Indian journal of veterinary science and animal husbandry - Volume 1,
Year: 1931
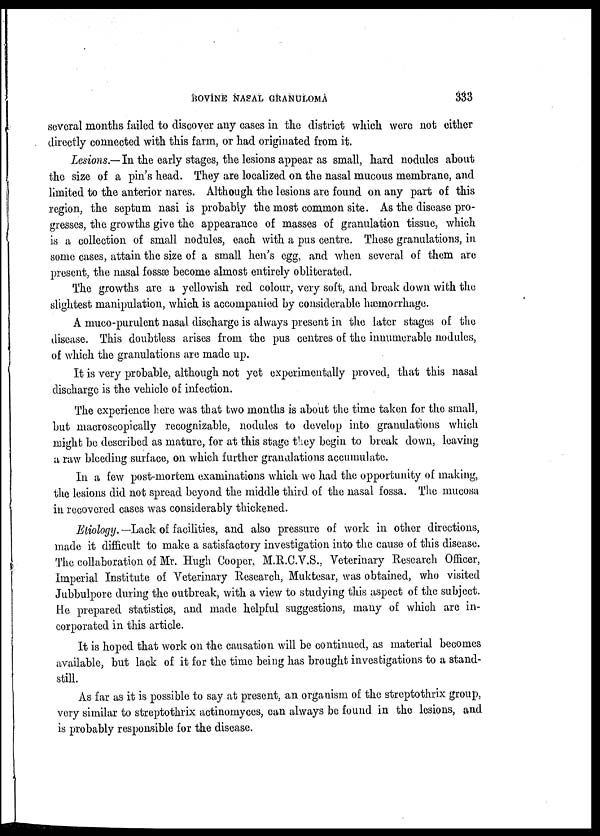
BOVINE NASAL GRANULOMA
333
several months failed to discover any cases in the district which were not either
directly connected with this farm, or had originated from it.
Lesions.— In the early stages, the lesions appear as small, hard nodules about
the size of a pin's head. They are localized on the nasal mucous membrane, and
limited to the anterior nares. Although the lesions are found on any part of this
region, the septum nasi is probably the most common site. As the disease pro-
gresses, the growths give the appearance of masses of granulation tissue, which
is a collection of small nodules, each with a pus centre. These granulations, in
some cases, attain the size of a small hen's egg, and when several of them are
present, the nasal fossæ become almost entirely obliterated.
The growths are a yellowish red colour, very soft, and break down with the
slightest manipulation, which is accompanied by considerable hæmorrhage.
A muco-purulent nasal discharge is always present in the later stages of the
disease. This doubtless arises from the pus centres of the innumerable nodules,
of which the granulations are made up.
It is very probable, although not yet experimentally proved, that this nasal
discharge is the vehicle of infection.
The experience here was that two months is about the time taken for the small,
but macroscopically recognizable, nodules to develop into granulations which
might be described as mature, for at this stage they begin to break down, leaving
a raw bleeding surface, on which further granulations accumulate.
In a few post-mortem examinations which we had the opportunity of making,
the lesions did not spread beyond the middle third of the nasal fossa. The mucosa
in recovered cases was considerably thickened.
Etiology. —Lack of facilities, and also pressure of work in other directions,
made it difficult to make a satisfactory investigation into the cause of this disease.
The collaboration of Mr. Hugh Cooper, M.R.C.V.S., Veterinary Research Officer,
Imperial Institute of Veterinary Research, Muktesar, was obtained, who visited
Jubbulpore during the outbreak, with a view to studying this aspect of the subject.
He prepared statistics, and made helpful suggestions, many of which are in-
corporated in this article.
It is hoped that work on the causation will be continued, as material becomes
available, but lack of it for the time being has brought investigations to a stand-
still.
As far as it is possible to say at present, an organism of the streptothrix group,
very similar to streptothrix actinomyces, can always be found in the lesions, and
is probably responsible for the disease.